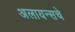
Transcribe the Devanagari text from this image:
अलायन्सचे